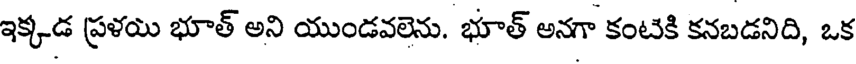
ఇక్కడ ప్రళయి భూత్ అని యుండవలెను. భూత్ అనగా కంటికి కనబడనిది, ఒక